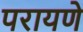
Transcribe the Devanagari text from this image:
परायणे